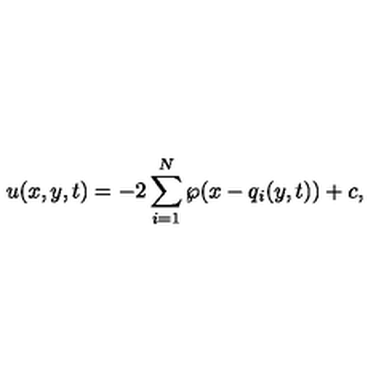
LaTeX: u ( x , y , t ) = - 2 \sum _ { i = 1 } ^ { N } \wp ( x - q _ { i } ( y , t ) ) + c ,